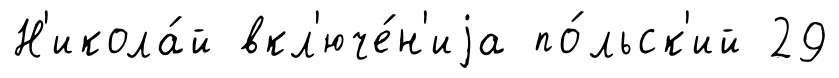
Н'икола́й вкл'юче́н'иjа по́льск'ий 29